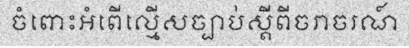
ចំពោះអំពើល្មើសច្បាប់ស្តីពីចរាចរណ៍